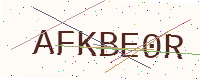
Text: AFKBE0R